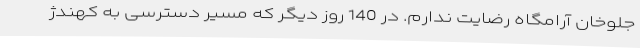
جلوخان آرامگاه رضایت ندارم. در 140 روز دیگر که مسیر دسترسی به کهندژ